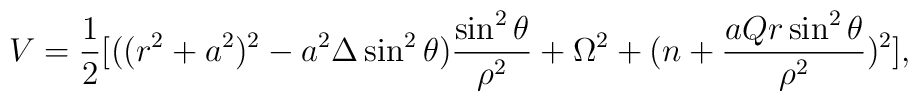
V=\frac{1}{2}[((r^2+a^2)^2-a^2\Delta\sin^2\theta)\frac{\sin^2\theta}{\rho^2}+\Omega^2+(n+\frac{aQr\sin^2\theta}{\rho^2})^2],